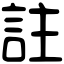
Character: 註